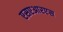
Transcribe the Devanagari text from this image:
एसएआरएस